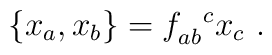
\{x_a,x_b\}=f_{ab}^{~~c} x_c~.